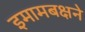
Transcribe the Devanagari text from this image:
इमामबक्षने